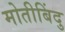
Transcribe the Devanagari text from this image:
मोतीबिंदु